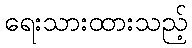
ရေးသားထားသည့်